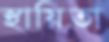
স্থায়িতা